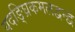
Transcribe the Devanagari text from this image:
यदङ्घ्रिकमलद्वन्द्वं